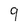
Character: 9